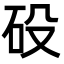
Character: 砓